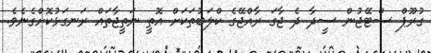
ގުރޫޕް ސްޓޭޖުން ސީދާ ދެ ޖާގަ ރާއްޖޭގެ ކްލަބުތަކަށް އޮތީ ނަތީޖާތައް ރަނގަޅުކޮށްގެނެވެ.